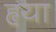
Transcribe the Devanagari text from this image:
हृया